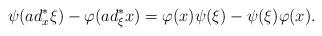
LaTeX: \begin{align*}\psi(ad^\ast_x\xi)-\varphi(ad^\ast_\xi x)=\varphi(x)\psi(\xi)-\psi(\xi)\varphi(x).\end{align*}